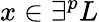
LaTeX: x\in\exists^{p}L